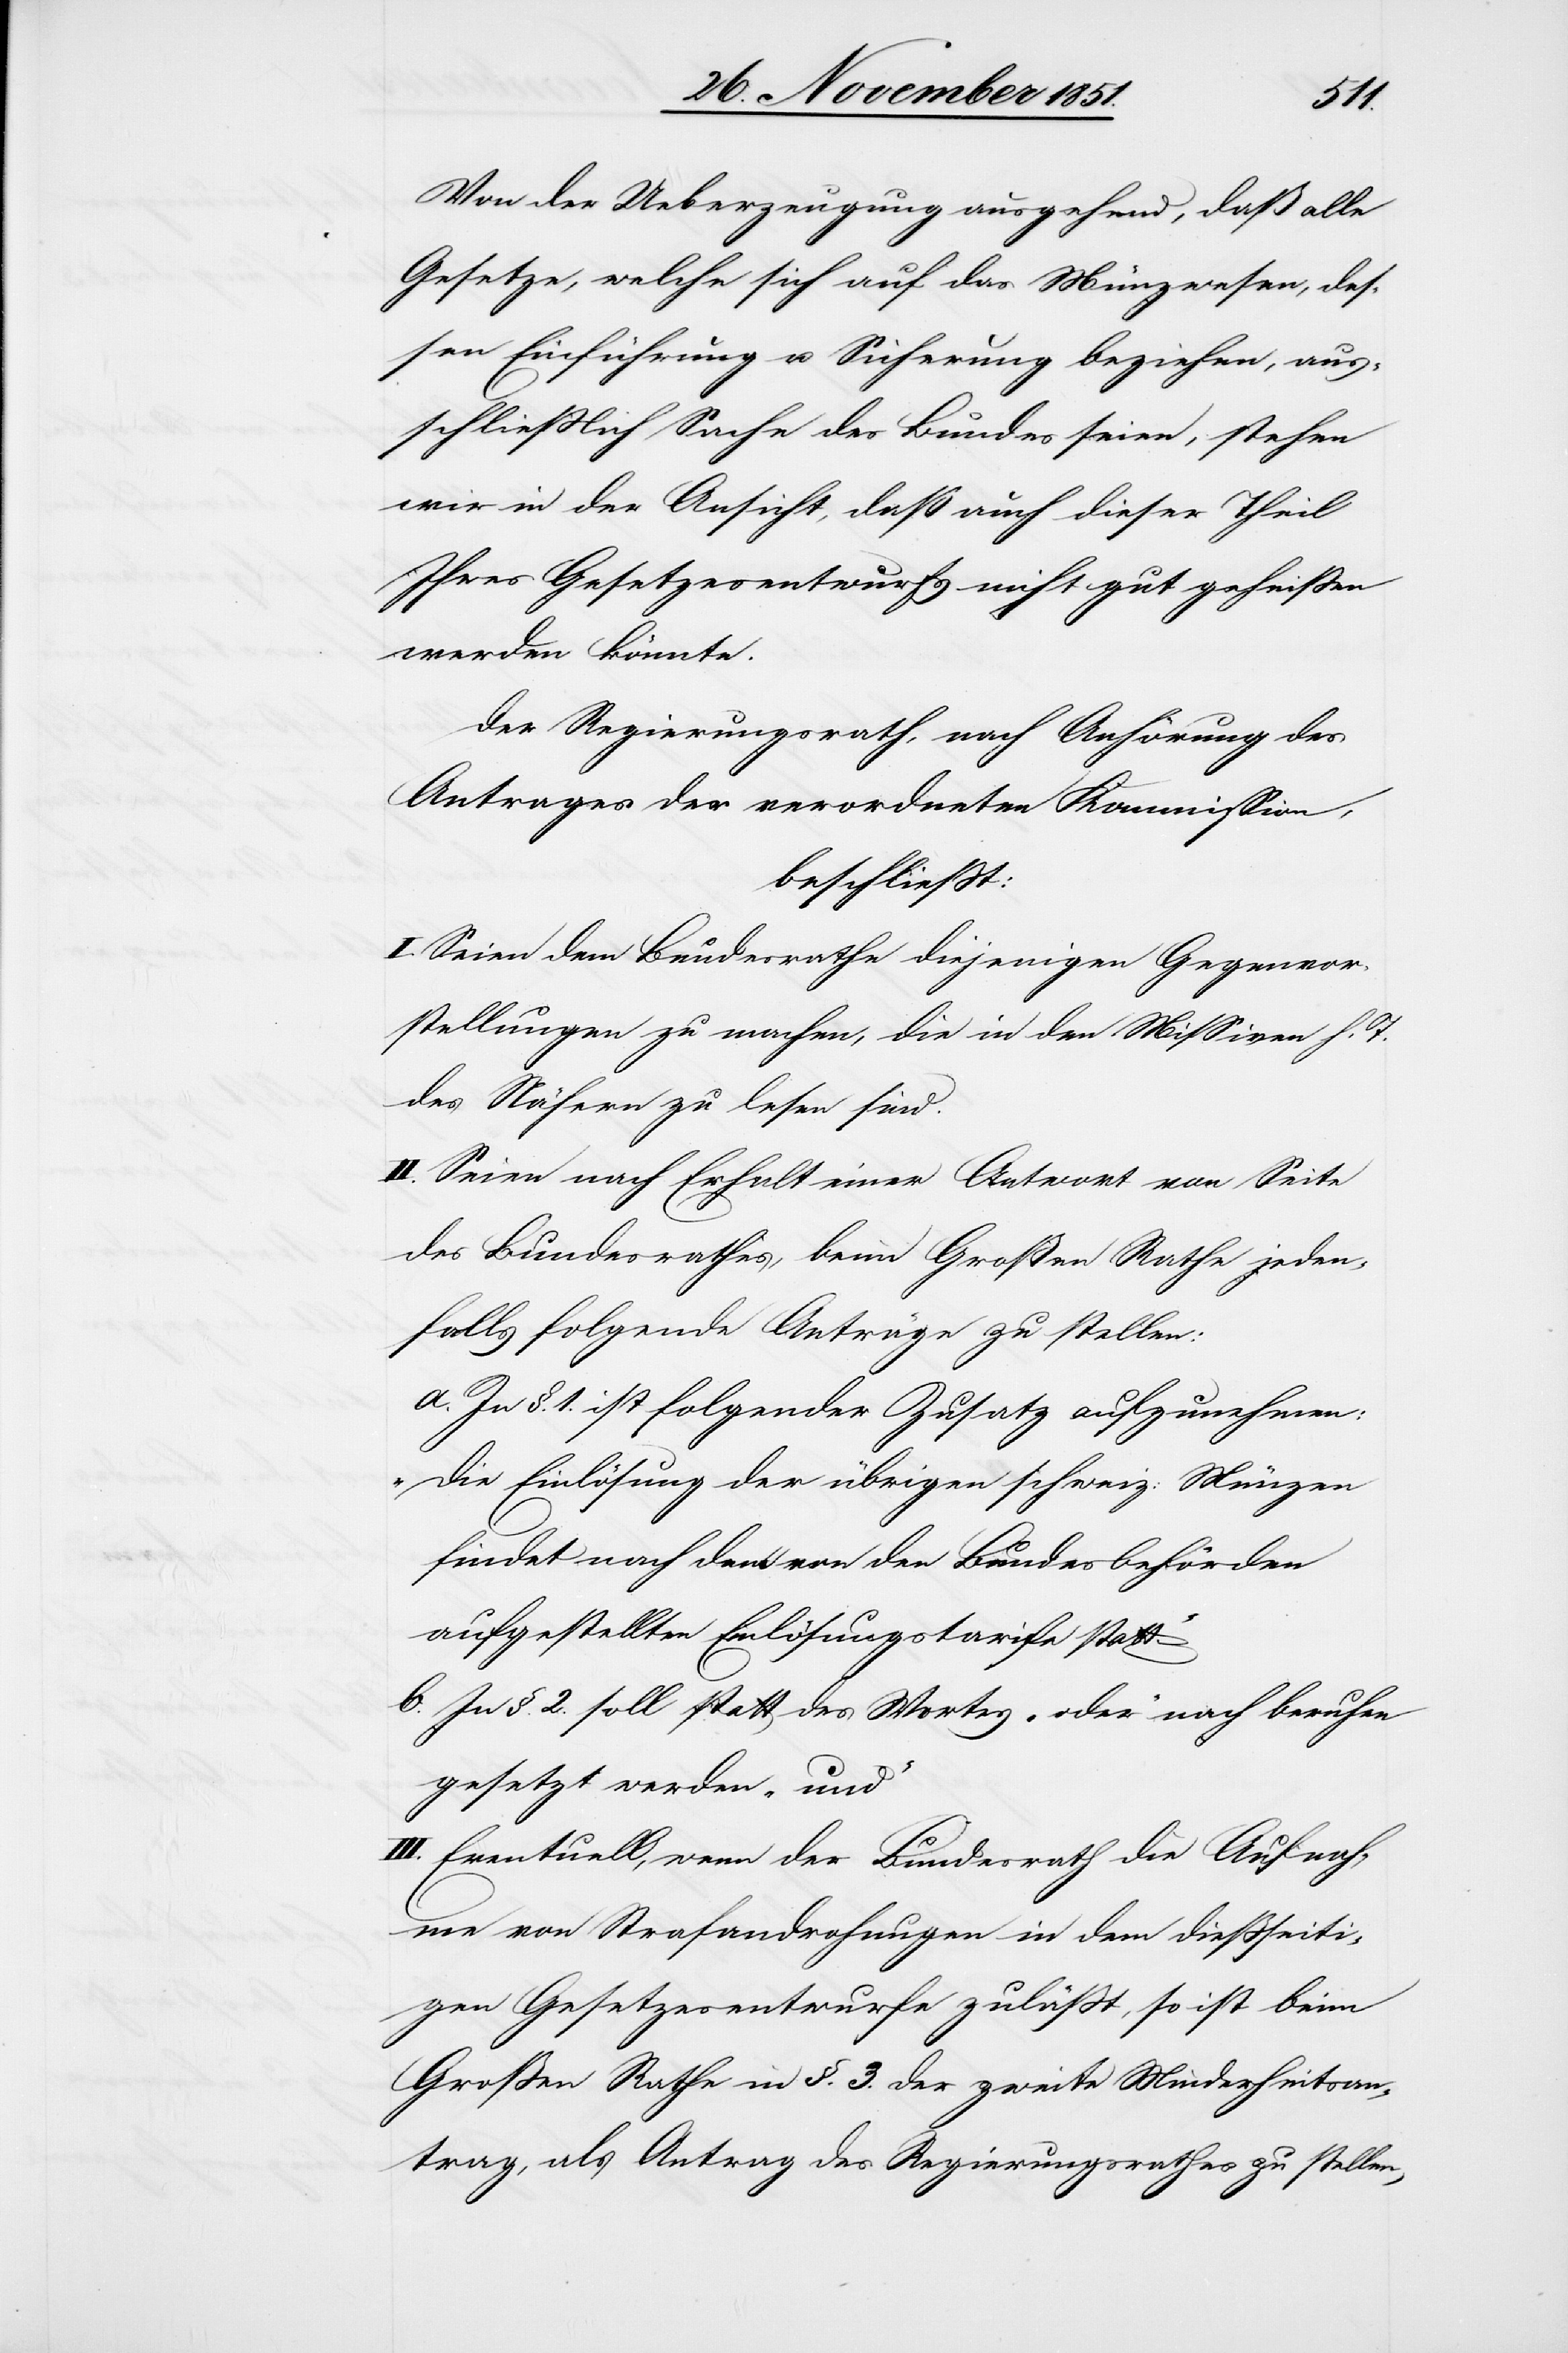
Von der Ueberzeugung ausgehend, daß alle
Gesetze, welche sich auf das Münzwesen, des¬
sen Einführung u. Sicherung beziehen, aus¬
schließlich Sache des Bundes seien, stehen
wir in der Ansicht, daß auch dieser Theil
Ihres Gesetzesentwurfs nicht gut geheißen
werden könnte.
Der Regierungsrath, nach Anhörung des
Antrages der verordneten Kommission,
beschließt:
I. Seien dem Bundesrathe diejenigen Gegenvor¬
stellungen zu machen, die in den Missiven h. T.
des Nähern zu lesen sind.
II. Seien nach Erhalt einer Antwort von Seite
des Bundesrathes, beim Großen Rathe jeden¬
falls folgende Anträge zu stellen:
In §. 1. ist folgender Zusatz aufzunehmen:
„Die Einlösung der übrigen schweiz: Münzen
findet nach dem von den Bundesbehörden
aufgestellten Einlösungstarife statt“
In §. 2. soll statt des Wortes „oder“ nach beruhen
gesetzt werden „und“
III. Eventuell, wenn der Bundesrath die Aufnah¬
me von Strafandrohungen in dem dießseiti¬
gen Gesetzesentwurfe zuläßt, so ist beim
Großen Rathe in §. 3. der zweite Minderheitsan¬
trag, als Antrag des Regierungsrathes zu stellen,